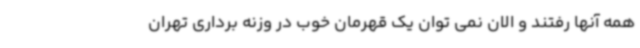
همه آنها رفتند و الان نمی توان یک قهرمان خوب در وزنه برداری تهران